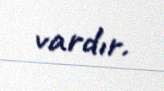
vardır.